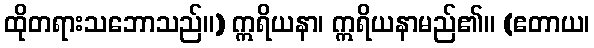
ထိုတရားသဘောသည်။) ဣရိယနာ၊ ဣရိယနာမည်၏။ (ဧတာယ၊